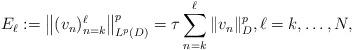
LaTeX: \begin{align*}E_\ell :=\big\|(v_n )_{n=k}^\ell \big\|_{ L^p(D)}^p =\tau\sum_{n=k}^\ell \|v_n\|_{D}^p,\ell=k,\dotsc,N,\end{align*}